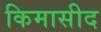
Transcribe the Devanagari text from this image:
किमासीद